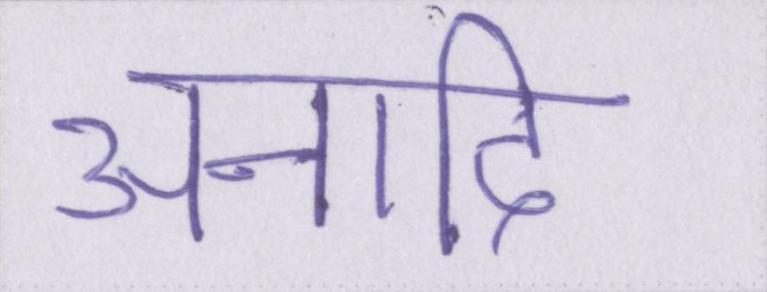
अनादि